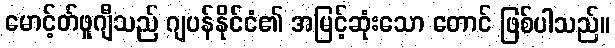
မောင့်တ်ဖူဂျီသည် ဂျပန်နိုင်ငံ၏ အမြင့်ဆုံးသော တောင် ဖြစ်ပါသည်။